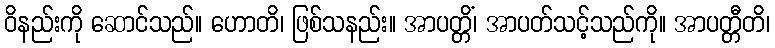
ဝိနည်းကို ဆောင်သည်။ ဟောတိ၊ ဖြစ်သနည်း။ အာပတ္တိံ၊ အာပတ်သင့်သည်ကို။ အာပတ္တီတိ၊